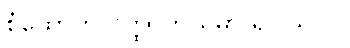
စုံထောက် ဝတ္ထု ဘယ်မှာ ရှိပါသလဲ။